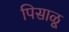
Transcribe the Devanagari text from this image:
पिसाळू